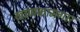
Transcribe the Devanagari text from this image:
खाणकामगार